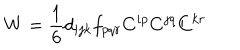
W = \frac { 1 } { 6 } d _ { i j k } f _ { p q r } C ^ { i p } C ^ { j q } C ^ { k r }